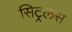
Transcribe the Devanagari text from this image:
सिट्रलस